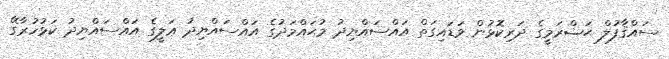
ސައްޤާފުލް ޙަޟްރަމީގެ ދަރިކޮޅުން ވަަޑައިގަތް އައްސައްޔިދު މުޙައްމަދުގެ އައްސައްޔިދު ޢަލީގެ އައްސައްޔިދު ކަޅުހުރާގޭ